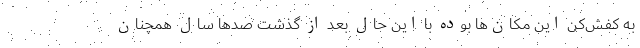
به کفش‌کن این مکان‌ها بوده با این حال بعد از گذشت صدها سال همچنان